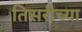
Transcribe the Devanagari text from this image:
तिसरीच्या